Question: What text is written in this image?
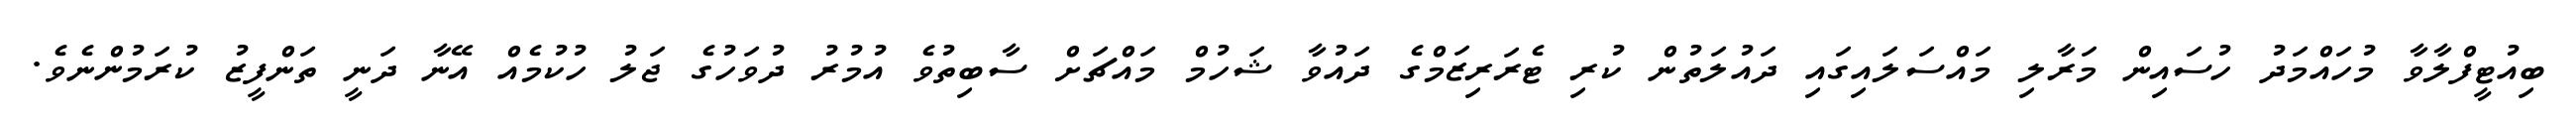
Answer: ބިއުޓީފްލާވާ މުހައްމަދު ހުސައިން މަރާލި މައްސަލައިގައި ދައުލަތުން ކުރި ޓެރަރިޒަމްގެ ދައުވާ ޝަހުމް މައްޗަށް ސާބިތުވެ އުމުރު ދުވަހުގެ ޖަލު ހުކުމެއް އޭނާ ދަނީ ތަންފީޒު ކުރަމުންނެވެ.